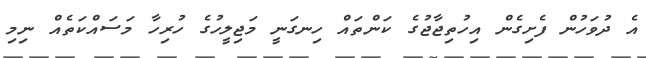
އެ ދުވަހުން ފެށިގެން އިހުތިޖާޖުގެ ކަންތައް ހިނގަނީ މަޖިލީހުގެ ހުރިހާ މަސައްކަތެއް ނިމި